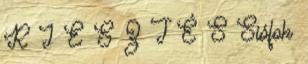
R J E S Z T É S Siófok